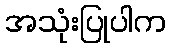
အသုံးပြုပါက